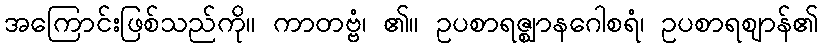
အကြောင်းဖြစ်သည်ကို။ ကာတဗ္ဗံ၊ ၏။ ဥပစာရဇ္ဈာနဂေါစရံ၊ ဥပစာရဈာန်၏